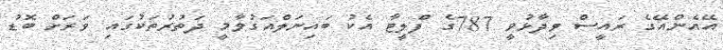
އޭއެންއޭގެ ރައީސް ވިދާޅުވީ 787ގެ ފްލީޓާ އެކު ބައިނަލްއަގުވާމީ ދަތުރުތަކުގައި ވަރަށް ބޮޑު